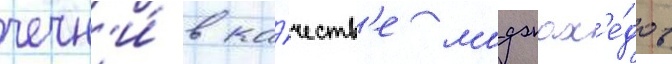
чечн'и́ в ка́честв'е моджах'е́дов